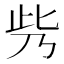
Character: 𠂱